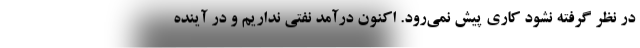
در نظر گرفته نشود کاری پیش نمی‌رود. اکنون درآمد نفتی نداریم و در آینده